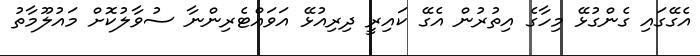
އެގޭގައި ގެންގުޅޭ މިހާގެ އިތުރުން އެގޭ ކައިރީ ދިރިއުޅޭ އަވައްޓެރިންނާ ސުވާލުކޮށް މައުލޫމާތު